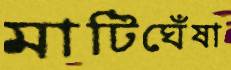
মাটিঘেঁষা